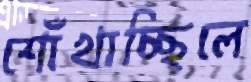
শোঁখাচ্ছিলে